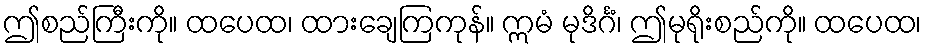
ဤစည်ကြီးကို။ ထပေထ၊ ထားချေကြကုန်။ ဣမံ မုဒိင်္ဂံ၊ ဤမုရိုးစည်ကို။ ထပေထ၊